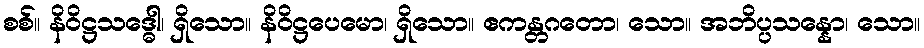
စစ်။ နိဝိဋ္ဌသဒ္ဓေါ၊ ရှိသော။ နိဝိဋ္ဌပေမော၊ ရှိသော။ ဧကန္တဂတော၊ သော။ အဘိပ္ပသန္နော၊ သော။